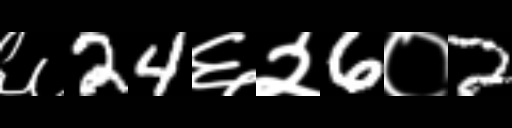
Text: ६24६२6०2